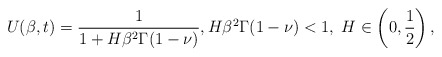
\begin{align*}U(\beta, t)= \frac{1}{1+H\beta^2\Gamma(1-\nu)}, H\beta^2\Gamma(1-\nu)<1, \; H\in \left(0,\frac{1}{2}\right),\end{align*}